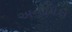
અનામિકા